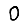
Digit: 0